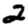
Digit: 2